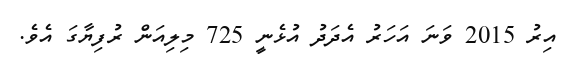
އިރު 2015 ވަނަ އަހަރު އެދަދު އުޅެނީ 725 މިލިއަން ރުފިޔާގަ އެވެ.